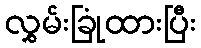
လွှမ်းခြုံထားပြီး